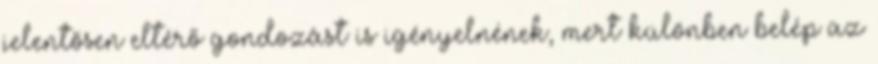
jelentősen eltérő gondozást is igényelnének, mert különben belép az